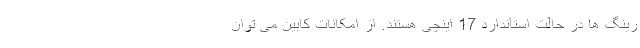
رینگ ها در حالت استاندارد 17 اینچی هستند. از امکانات کابین می توان